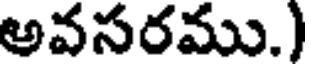
అవసరము.)